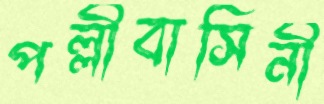
পল্লীবাসিনী